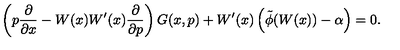
\left( p \frac { \partial } { \partial x } - W ( x ) W ^ { \prime } ( x ) \frac { \partial } { \partial p } \right) G ( x , p ) + W ^ { \prime } ( x ) \left( \tilde { \phi } ( W ( x ) ) - \alpha \right) = 0 .